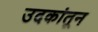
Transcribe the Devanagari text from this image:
उदकांतून